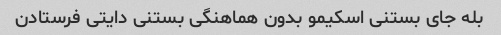
بله جای بستنی اسکیمو بدون هماهنگی بستنی دایتی فرستادن